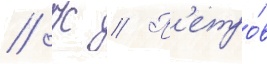
// К // П'етро́в